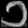
Digit: ၁